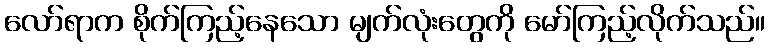
လော်ရာက စိုက်ကြည့်နေသော မျက်လုံးတွေကို မော်ကြည့်လိုက်သည်။